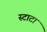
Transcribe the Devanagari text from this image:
स्टाटा